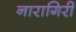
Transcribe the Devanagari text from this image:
नारागिरी